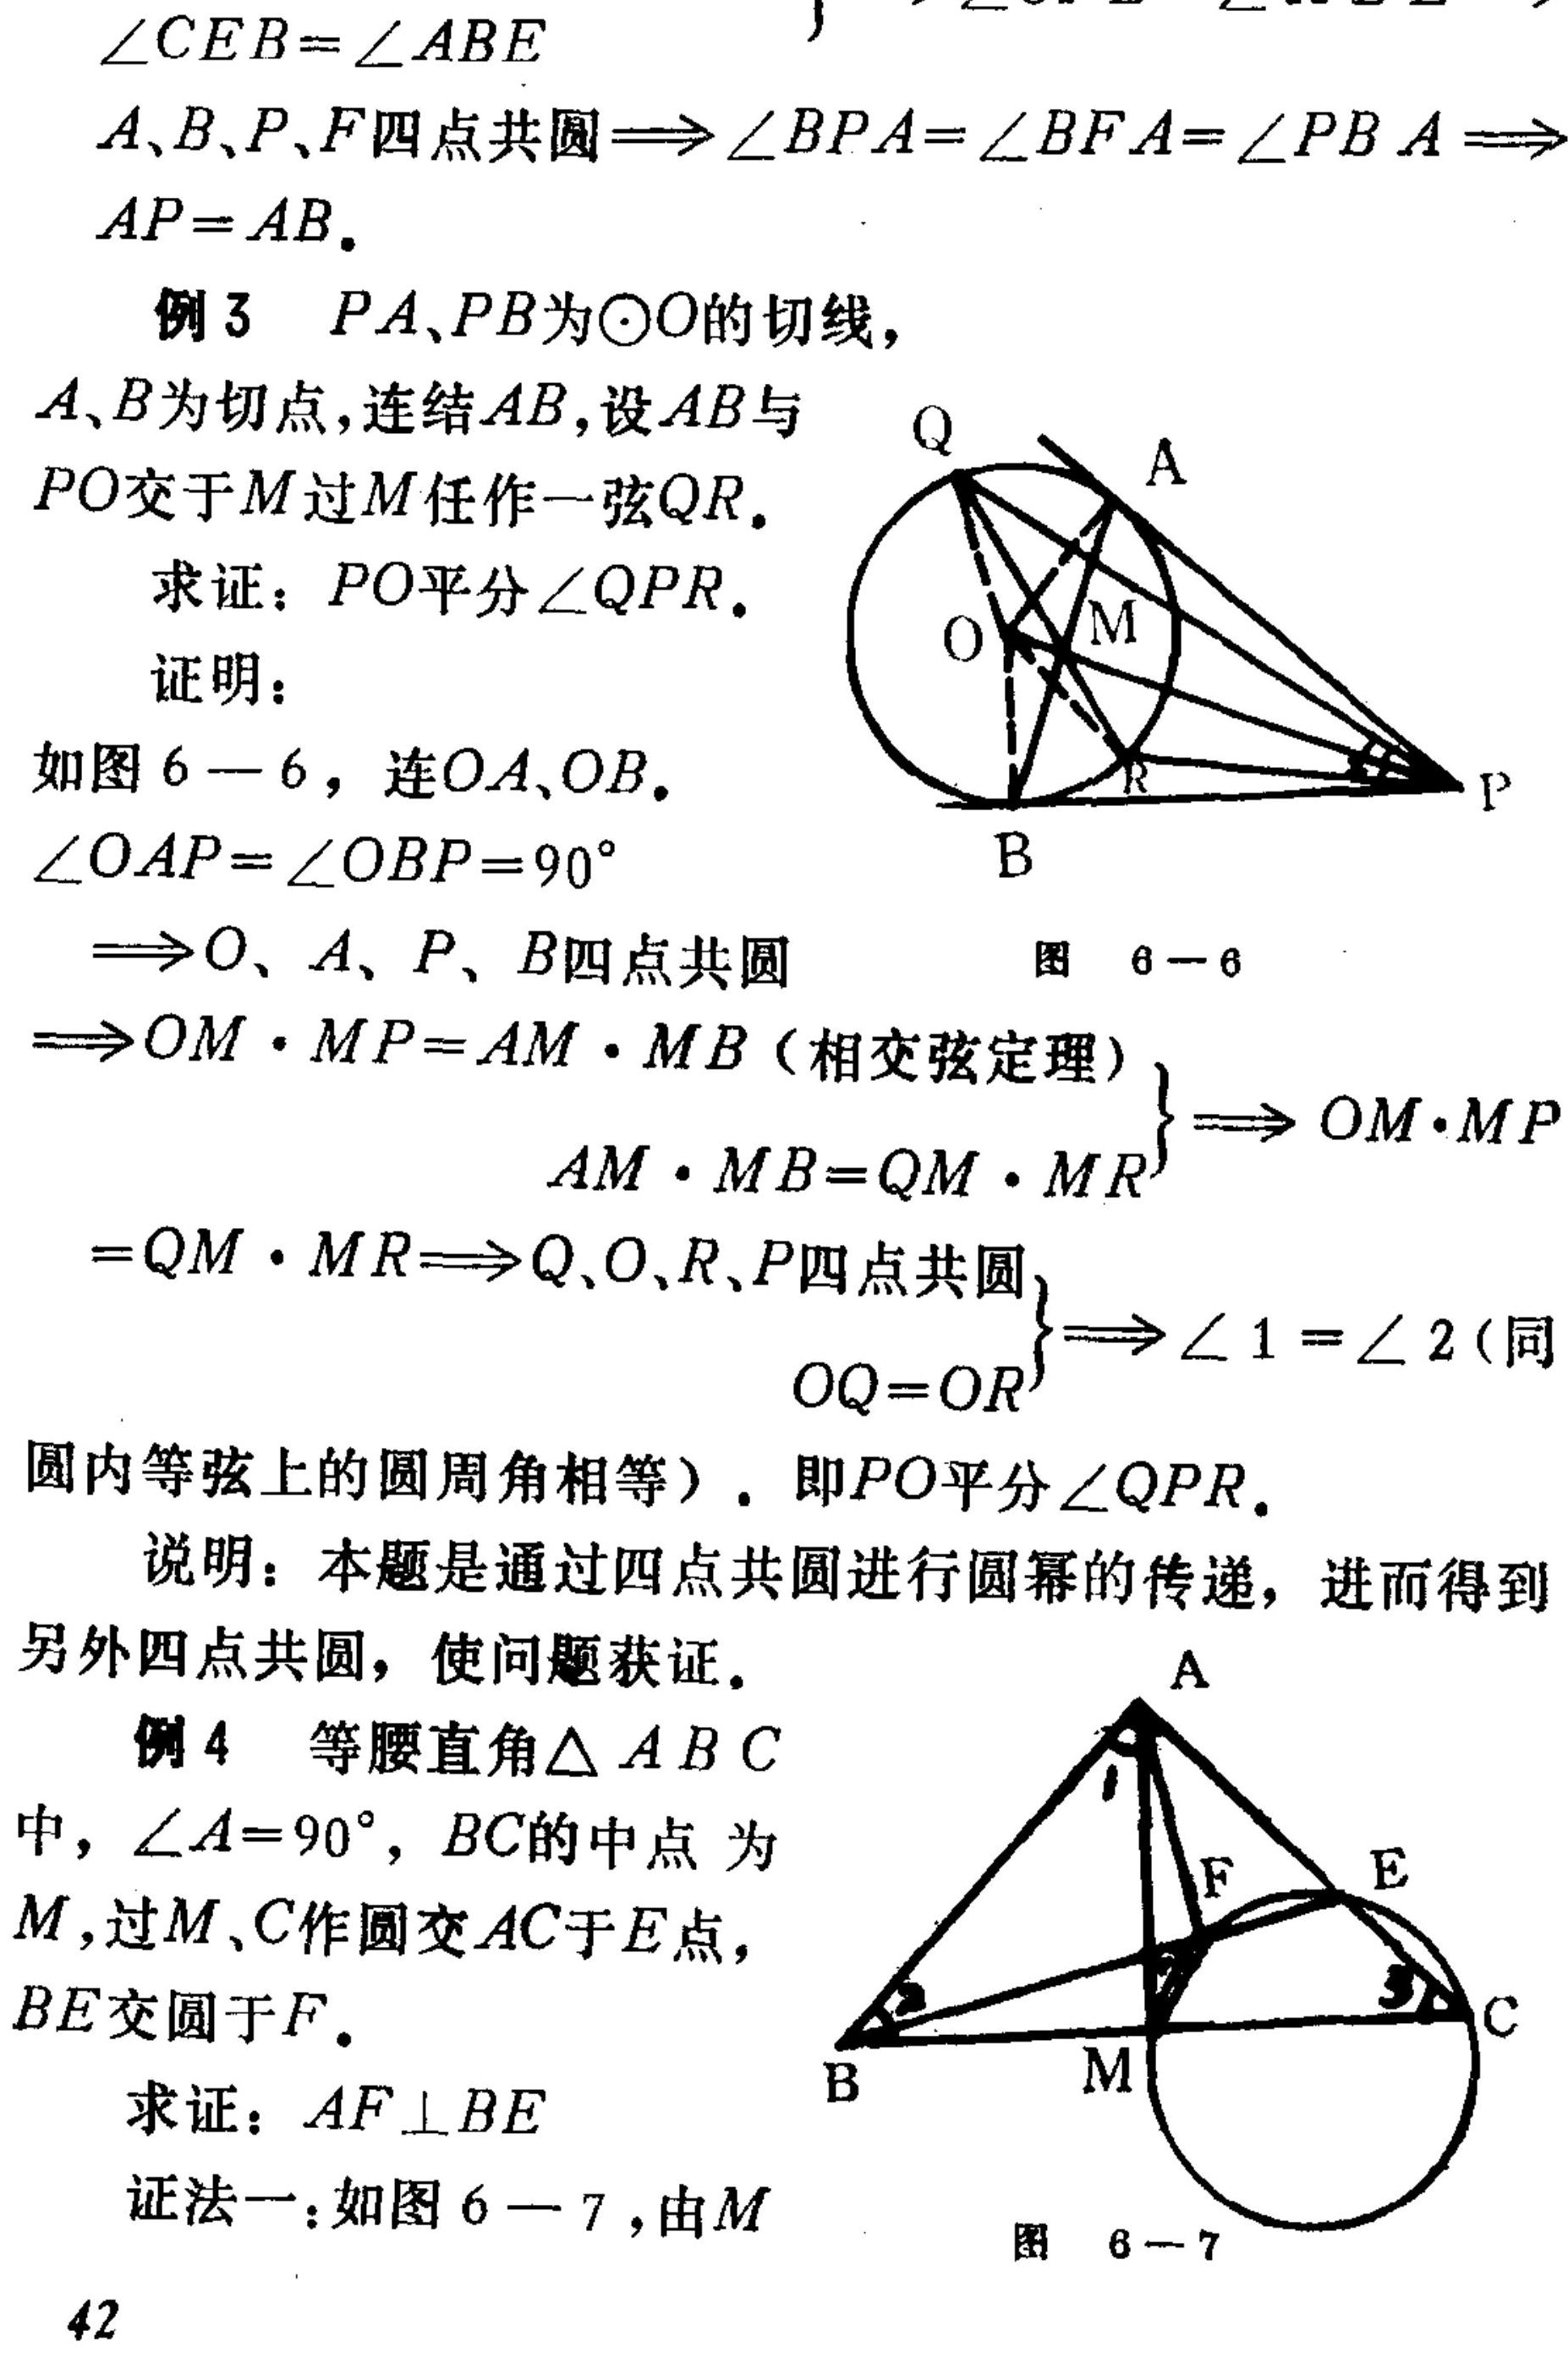
\(\angle CEB=\angle ABE\)
\(A、B、P、F\)四点共圆\(\Rightarrow\angle BPA=\angle BFA=\angle PBA\Rightarrow\)
\(AP = AB\).
例3 \(PA、PB\)为\(\odot O\)的切线，
\(A、B\)为切点，连结\(AB\)，设\(AB\)与
\(PO\)交于\(M\)过\(M\)任作一弦\(QR\).
求证：\(PO\)平分\(\angle QPR\).
证明：
如图6 - 6，连\(OA、OB\).
\(\angle OAP=\angle OBP = 90^{\circ}\)
\(\Rightarrow O、A、P、B\)四点共圆  图6 - 6
\(\Rightarrow OM\cdot MP=AM\cdot MB\)（相交弦定理）
\(\left.\begin{array}{l}AM\cdot MB = QM\cdot MR\\OM\cdot MP=QM\cdot MR\end{array}\right\}\Rightarrow OM\cdot MP\)
\(=QM\cdot MR\Rightarrow Q、O、R、P\)四点共圆
\(\left.\begin{array}{l}OQ = OR\end{array}\right\}\Rightarrow\angle 1=\angle 2\)（同
圆内等弦上的圆周角相等）. 即\(PO\)平分\(\angle QPR\).
说明：本题是通过四点共圆进行圆幂的传递，进而得到
另外四点共圆，使问题获证.
例4 等腰直角\(\triangle ABC\)
中，\(\angle A = 90^{\circ}\)，\(BC\)的中点为
\(M\)，过\(M、C\)作圆交\(AC\)于\(E\)点，
\(BE\)交圆于\(F\).
求证：\(AF\perp BE\)
证法一：如图6 - 7，由\(M\)  图6 - 7
42